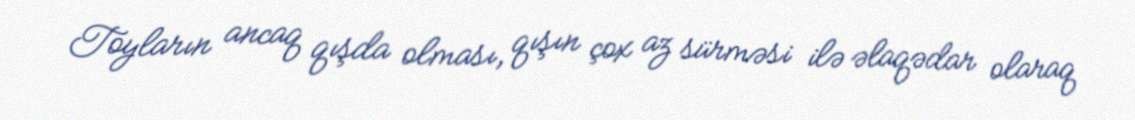
Toyların ancaq qışda olması, qışın çox az sürməsi ilə əlaqədar olaraq